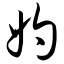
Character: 妁